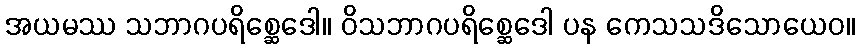
အယမဿ သဘာဂပရိစ္ဆေဒေါ။ ဝိသဘာဂပရိစ္ဆေဒေါ ပန ကေသသဒိသောယေဝ။